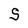
Character: S